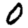
Digit: 0